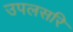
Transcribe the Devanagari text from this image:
उपलसरि